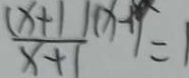
\frac { ( x + 1 ) ( x - 1 ) } { x + 1 } = 1